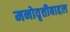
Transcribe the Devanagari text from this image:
मनोवृत्तीबाद्दल